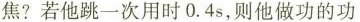
焦？若他跳一次用时0.4s，则他做功的功